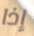
إذا